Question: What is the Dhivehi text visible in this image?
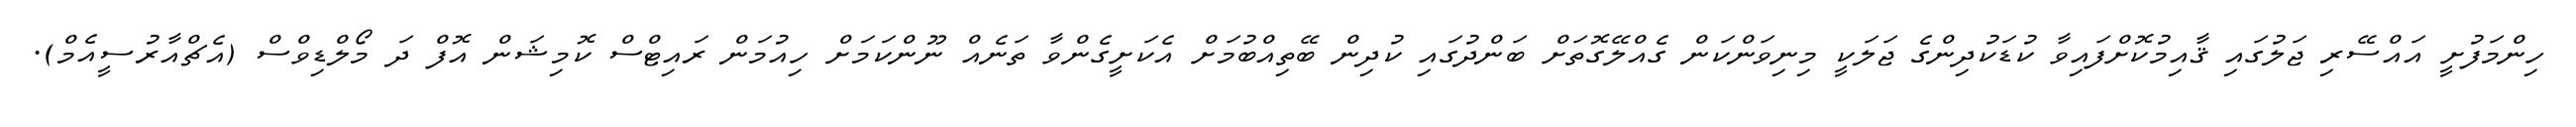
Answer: ހިންމަފުށީ އައްސޭރި ޖަލުގައި ޤާއިމުކޮށްފައިވާ ކުޑަކުދިންގެ ޖަލަކީ މިނިވަންކަން ގެއްލޭގޮތަށް ބަންދުގައި ކުދިން ބޭތިއްބުމަށް އެކަށީގެންވާ ތަނެއް ނޫންކަމަށް ހިއުމަން ރައިޓްސް ކޮމިޝަން އޮފް ދަ މޯލްޑިވްސް (އެޗްއާރުސީއެމް).